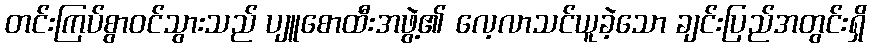
တင်းကြပ်စွာဝင်သွားသည် ပျူစောထီးအဖွဲ့၏ လေ့လာသင်ယူခဲ့သော ချင်းပြည်အတွင်းရှိ